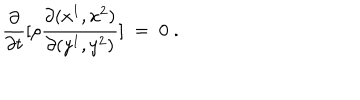
\frac { \partial } { \partial t } [ \rho \frac { \partial ( x ^ { 1 } , x ^ { 2 } ) } { \partial ( y ^ { 1 } , y ^ { 2 } ) } ] \; = \; 0 \; .